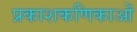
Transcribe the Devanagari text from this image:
प्रकाशकणिकाओं